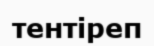
тентіреп